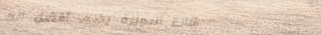
شارع الدويرة يضم أفضل الم